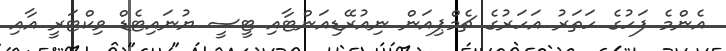
އެންމެ ފަހުގެ ހަތަރު އަހަރުގެ ޗެމްޕިއަން ނިއުރޭޑިއަންޓާއި ޓީސީ ޔުނައިޓެޑް ވިކްޓަރީ އާއި